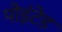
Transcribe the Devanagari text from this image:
पोइंटेड